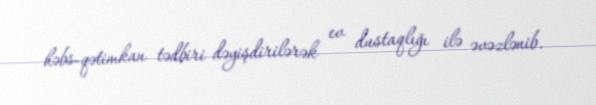
həbs-qətimkan tədbiri dəyişdirilərək ev dustaqlığı ilə əvəzlənib.